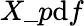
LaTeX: X\_ p\mathrm{d}f